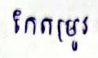
កែតម្រូវ